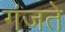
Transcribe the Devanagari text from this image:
गंजते